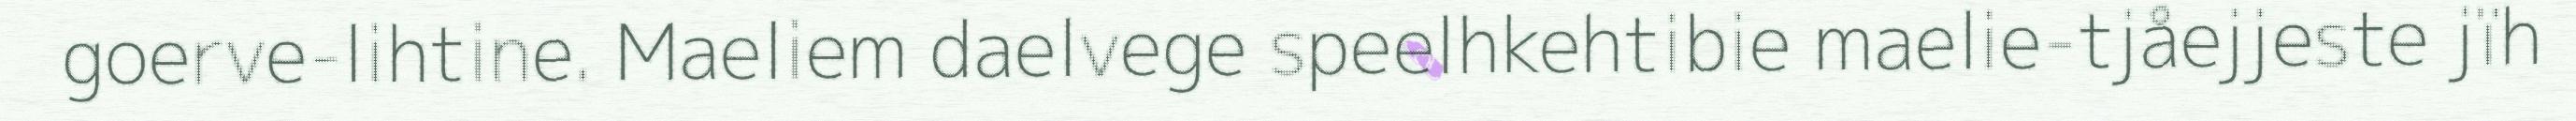
goerve-lihtine. Maeliem daelvege speelhkehtibie maelie-tjåejjeste jïh